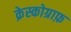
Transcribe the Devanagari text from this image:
क्रेस्कोग्राफ़